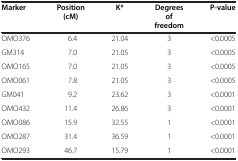
| Marker | Position (cM) | K* | Degrees of freedom | P-value |
 |  |  |  |  |  |
 | --- | --- | --- | --- | --- |
 | OMO376 | 6.4 | 21.04 | 3 | <0.0005 |
 | GM314 | 7.0 | 21.05 | 3 | <0.0005 |
 | OMO165 | 7.0 | 21.05 | 3 | <0.0005 |
 | OMO061 | 7.8 | 21.05 | 3 | <0.0005 |
 | GM041 | 9.2 | 23.62 | 3 | <0.0001 |
 | OMO432 | 11.4 | 26.86 | 3 | <0.0001 |
 | OMO086 | 15.9 | 32.55 | 1 | <0.0001 |
 | OMO287 | 31.4 | 36.59 | 1 | <0.0001 |
 | OMO293 | 46.7 | 15.79 | 1 | <0.0001 |